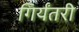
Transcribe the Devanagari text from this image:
गिर्यंतरी